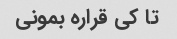
تا کی قراره بمونی